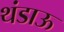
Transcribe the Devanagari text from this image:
थंडाऊ